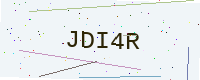
Text: JDI4R